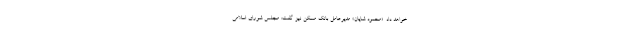
خواهد داد. «محمود شایان» مدیرعامل بانک مسکن نیز گفت: مجلس شورای اسلامی